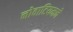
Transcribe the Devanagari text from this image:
नोवाटियमने